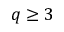
q \ge 3